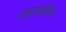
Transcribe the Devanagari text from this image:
स्वस्थानिक